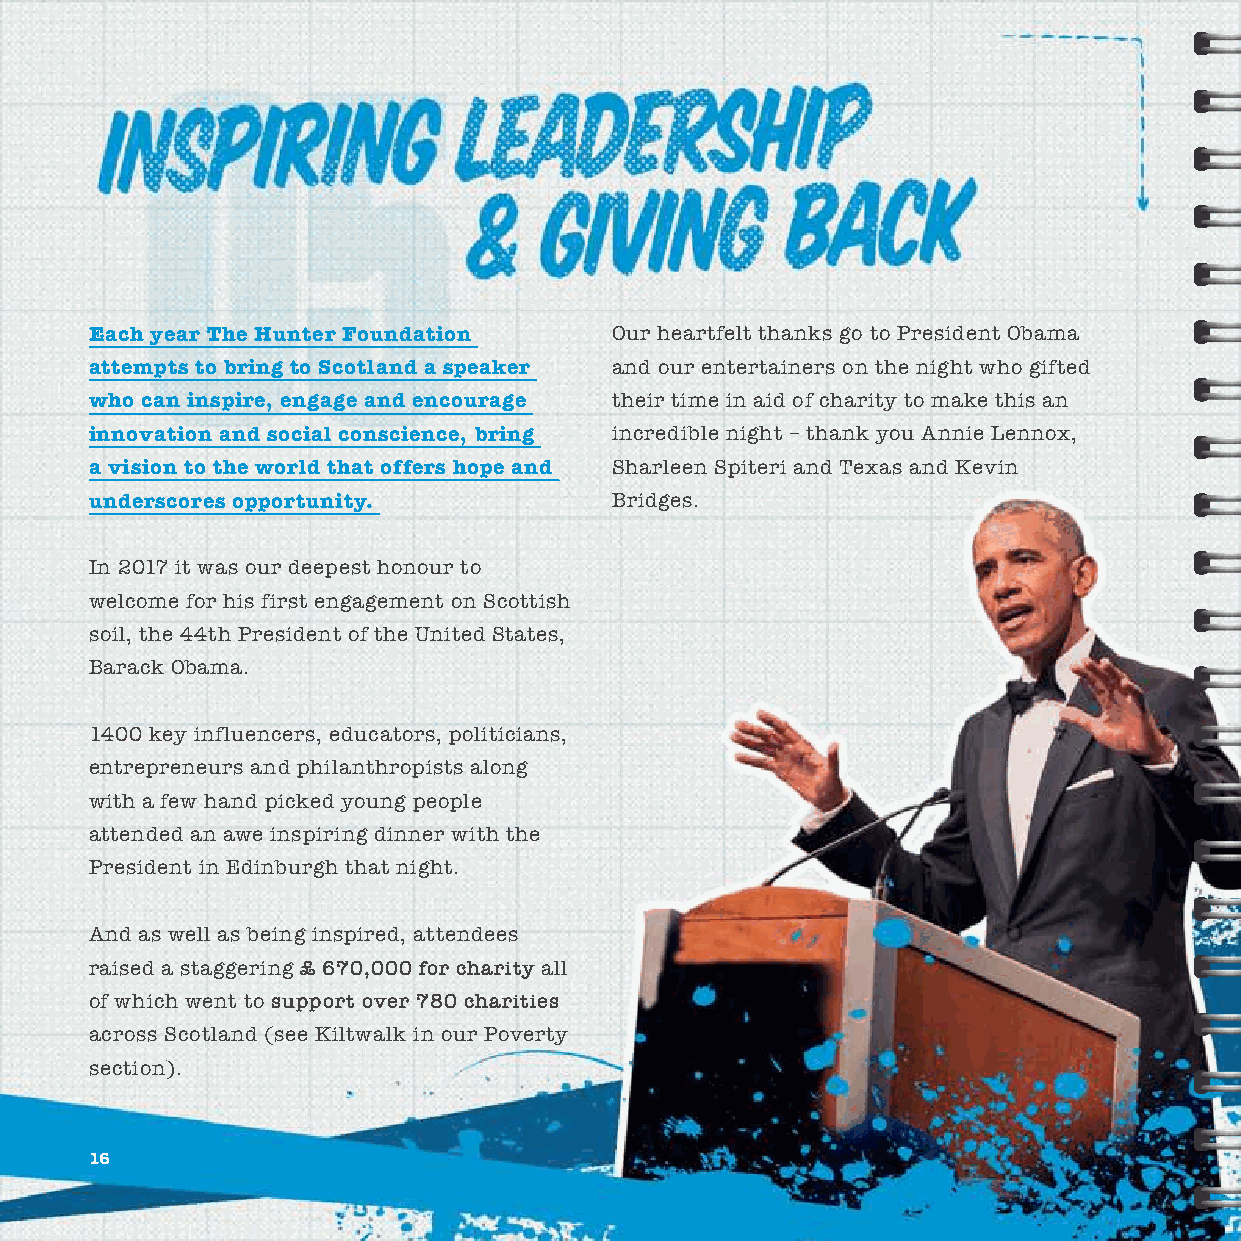
Each year The Hunter Foundation   Our heartfelt thanks go to President Obama
 attempts to bring to Scotland a speaker and our entertainers on the night who gifted
 who can inspire, engage and encourage their time in aid of charity to make this an
 innovation and social conscience, bring incredible night – thank you Annie Lennox,
 a vision to the world that offers hope and Sharleen Spiteri and Texas and Kevin
 underscores opportunity.          Bridges.
 In 2017 it was our deepest honour to
 welcome for his first engagement on Scottish
 soil, the 44th President of the United States,
 Barack Obama.
 1400 key influencers, educators, politicians,
 entrepreneurs and philanthropists along
 with a few hand picked young people
 attended an awe inspiring dinner with the
 President in Edinburgh that night.
 And as well as being inspired, attendees
 raised a staggering £ 670,000 for charity all
 of which went to support over 780 charities
 across Scotland (see Kiltwalk in our Poverty
 section).
 16